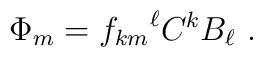
\Phi_m = {f_{km}}^{\ell} C^{k} B_{\ell}~.